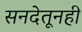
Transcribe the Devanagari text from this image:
सनदेतूनही